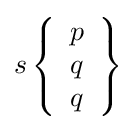
s\left\{{\begin{array}{l}p\\q\\q\end{array}}\right\}